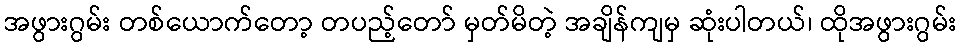
အဖွားဂွမ်း တစ်ယောက်တော့ တပည့်တော် မှတ်မိတဲ့ အချိန်ကျမှ ဆုံးပါတယ်၊ ထိုအဖွားဂွမ်း